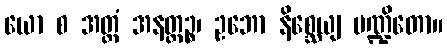
ယော စ အတ္ထံ အနတ္ထဉ္စ၊ ဥဘော နိစ္ဆေယျ ပဏ္ဍိတော။